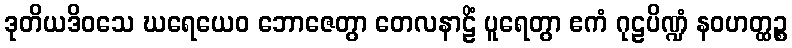
ဒုတိယဒိဝသေ ဃရေယေဝ ဘောဇေတွာ တေလနာဠိံ ပူရေတွာ ဧကံ ဂုဠပိဏ္ဍံ နဝဟတ္ထဉ္စ